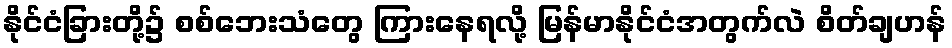
နိုင်ငံခြားတို့၌ စစ်ဘေးသံတွေ ကြားနေရလို့ မြန်မာနိုင်ငံအတွက်လဲ စိတ်ချဟန်